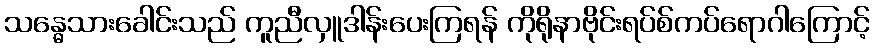
သန္ဓေသားခေါင်းသည် ကူညီလှူဒါန်းပေးကြရန် ကိုရိုနာဗိုင်းရပ်စ်ကပ်ရောဂါကြောင့်